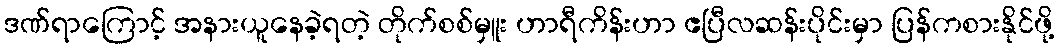
ဒဏ်ရာကြောင့် အနားယူနေခဲ့ရတဲ့ တိုက်စစ်မှူး ဟာရီကိန်းဟာ ဧပြီလဆန်းပိုင်းမှာ ပြန်ကစားနိုင်ဖို့